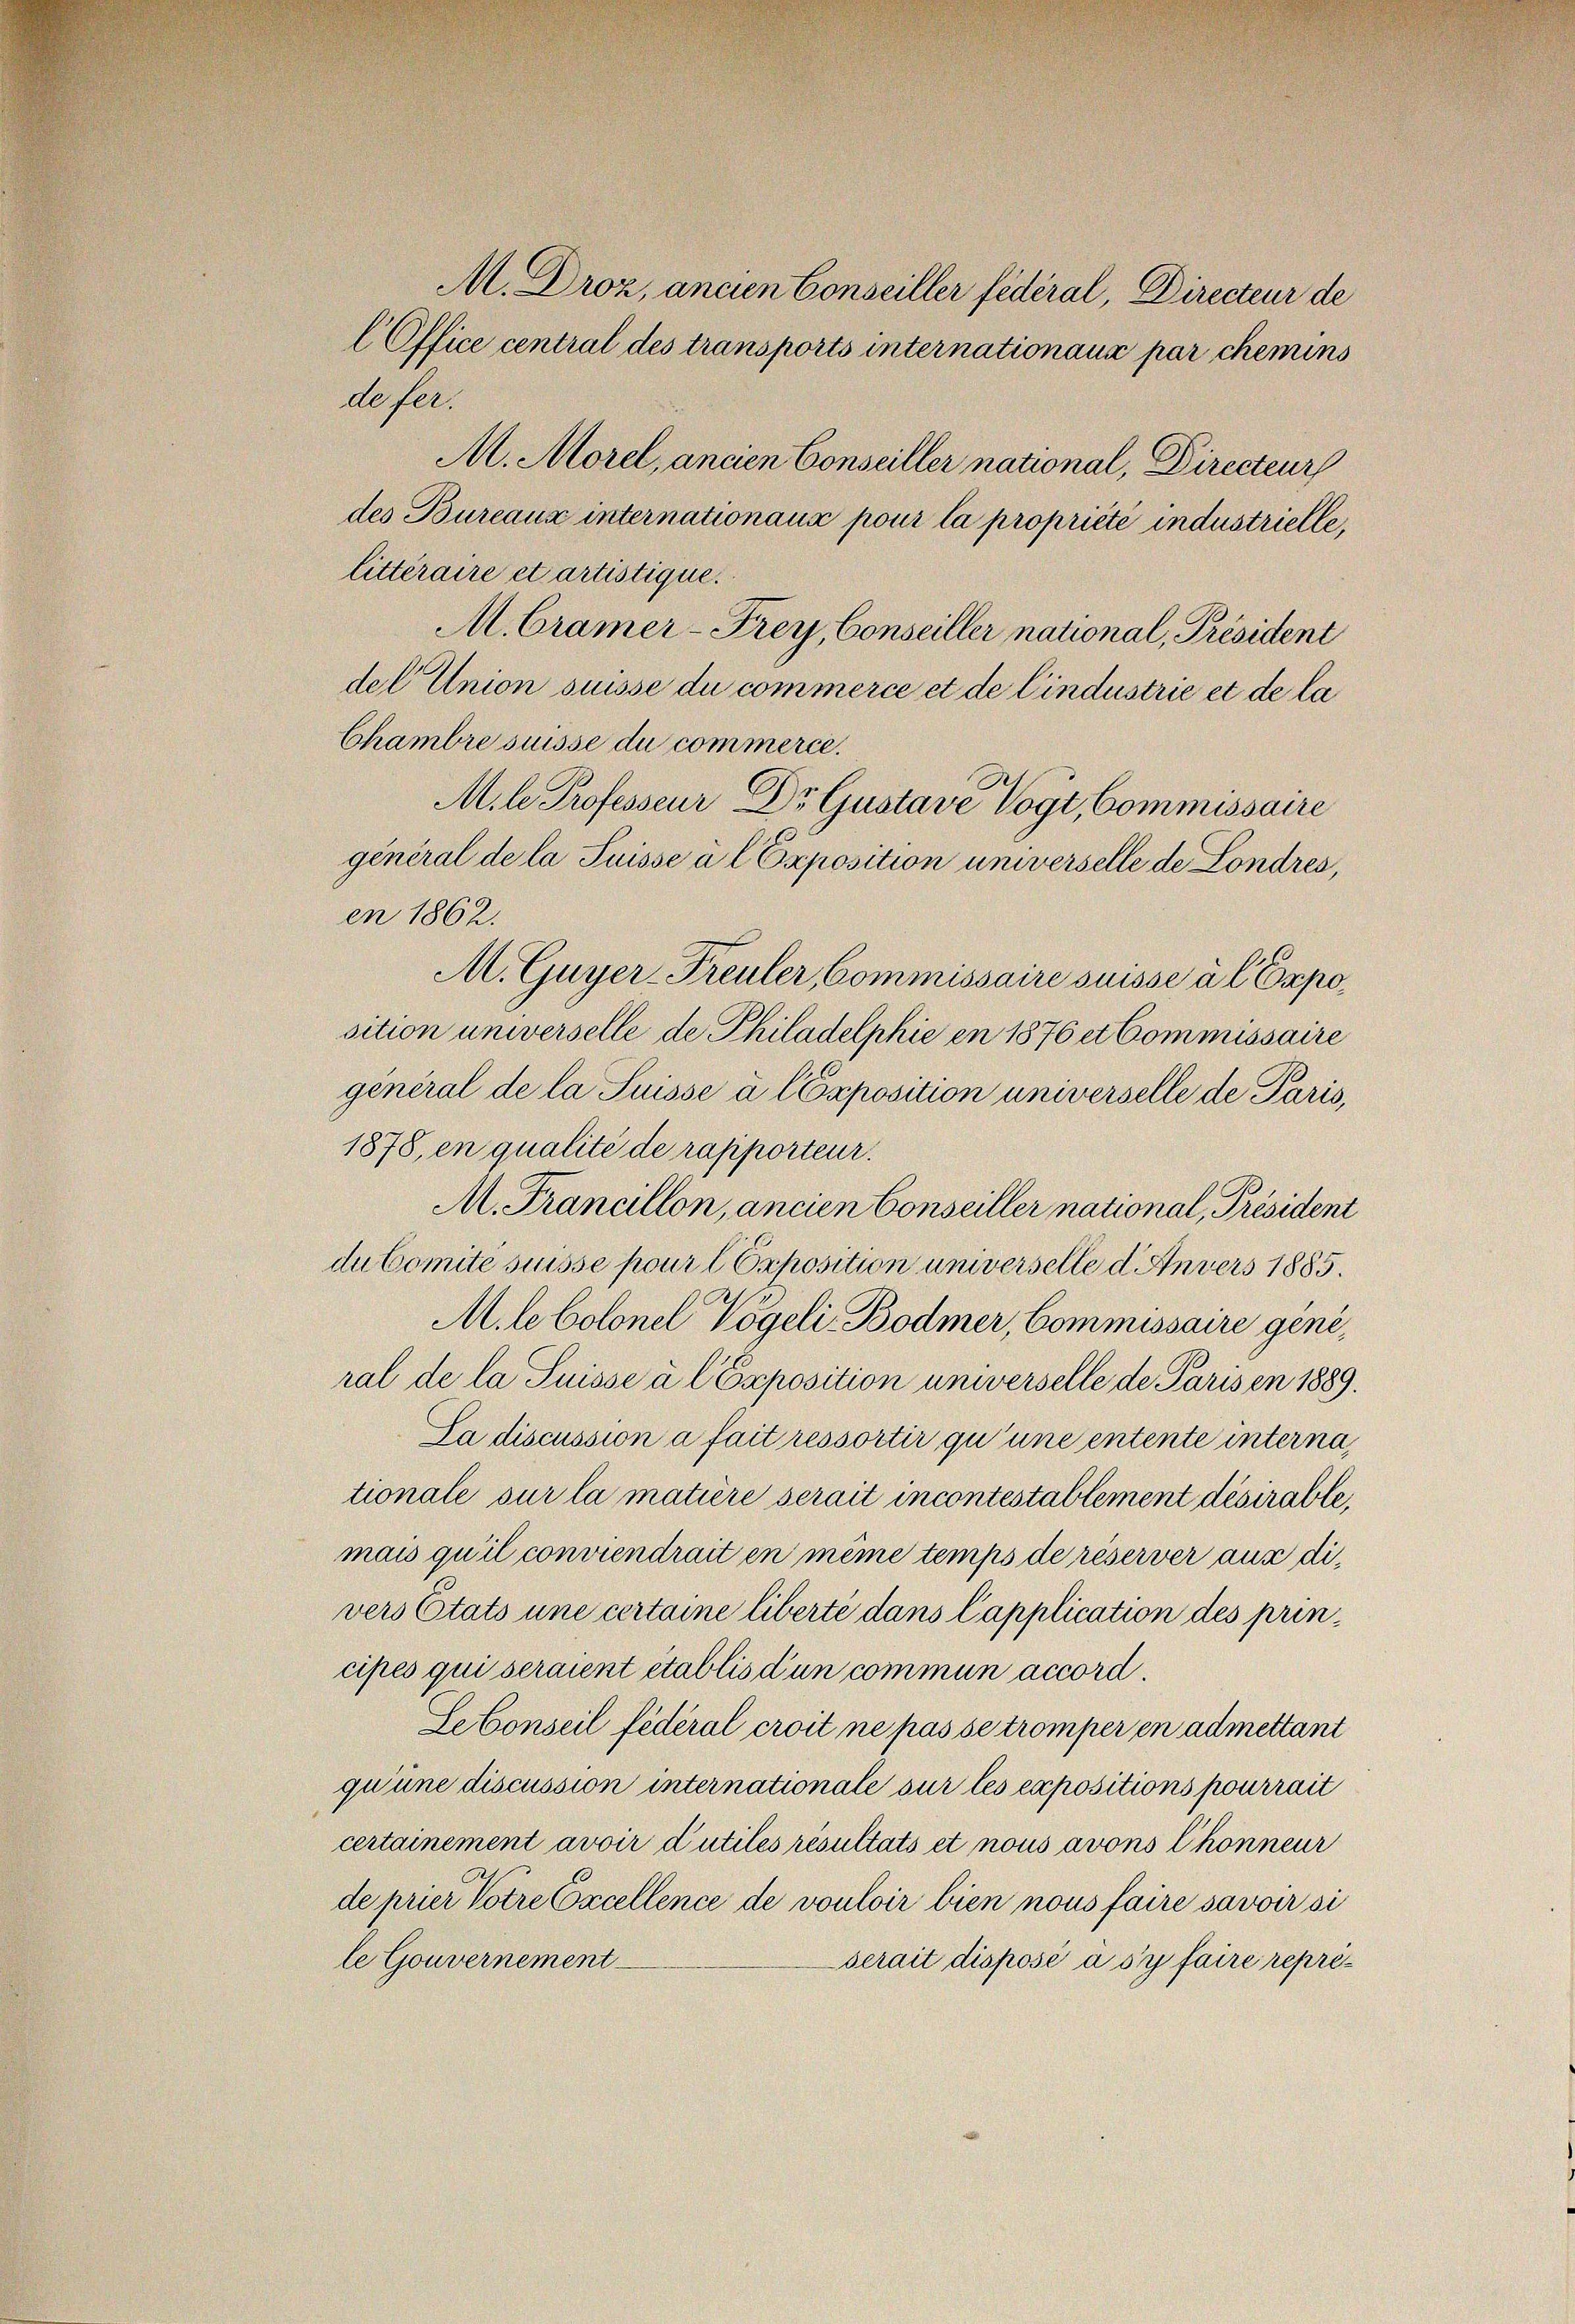
M. Droz, ancien Conseiller fédéral, Directeur de
l Office central des transports internationaus par chemins
defer.
M. Morel, ancien Conseiller national, Directeur
des Bureaux internationaus pour la propriété industrielle,
litteraire et artistique.
M. Cramer-Frey, Conseiller national, Président
del Union suisse du commerce et de Cindustrie et de la
Chambre suisse du commerce.
Mile Professeur Dr Gustave Vogt, Commissaire
general de la Suisse à l Exposition universelle de Londres,
en 1862.
M. Guyer-Freuler, Commissaire suisse à l. Exposition universelle de Philadelphie en 1876 et Commissaire
general de la Suisse a CExposition universelle de Paris,
1878, en qualité de rapporteur.
M. Francillon, ancien Conseiller national, Président
du Comite suisse pour t Exposition universelle d. Anvers 1885.
M. le Colonel Vögeli Bodmer, Commissaire geniral de la Suisse à l Exposition universelle de Paris en 1889.
Sa discussion a fait ressortir qu’une entente interna,
tionale sur la matière serait incontestablement désirable,
mais qu’il conviendrait en même temps de réserver aus die
vers Etats une certaine liberté dans Capplication des principes qui seraient établis d’un commun accord.
SeConseil fédéral croit ne pas se tromper en admettant
qu’une discussion internationale sur les expositions pourrait
certainement avoir d’utiles résultats et nous avons Chonneur
de prier Vorre Excellence de vouloir bien nous faire savoir si
le Gouvernement
serait disposé à s’y faire repré¬